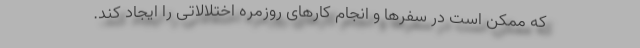
که ممکن است در سفرها و انجام کارهای روزمره اختلالاتی را ایجاد کند.